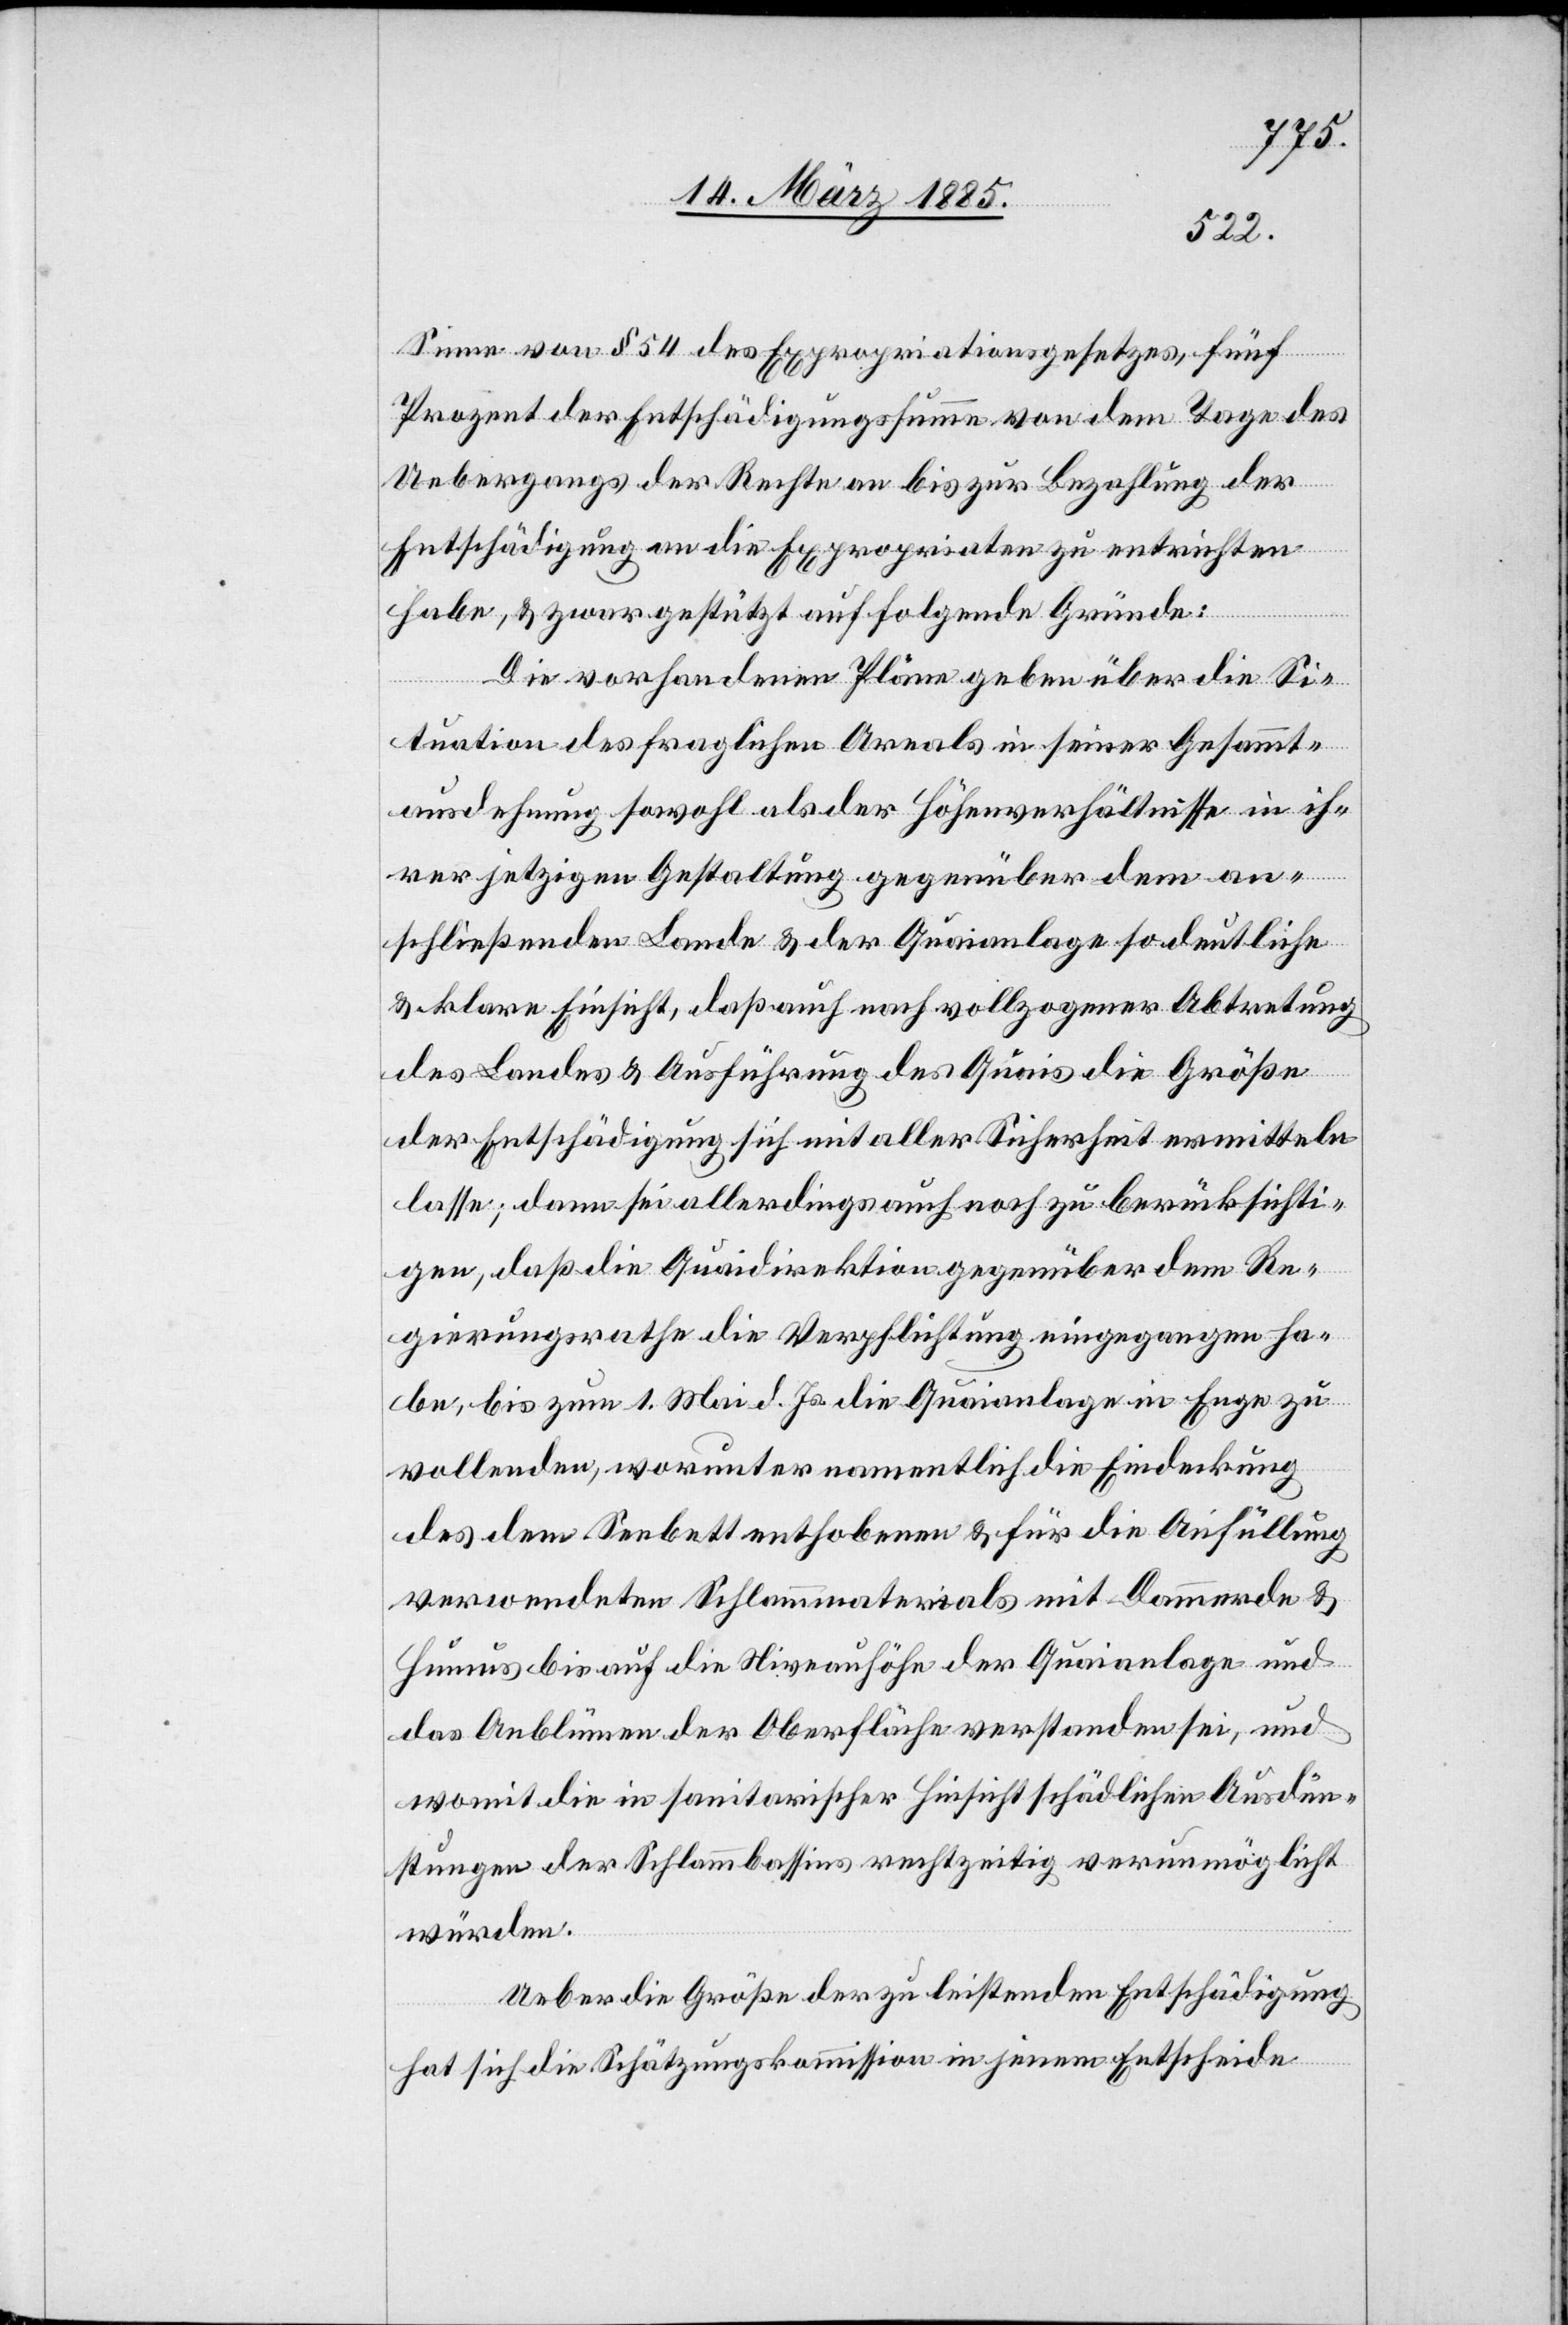
Sinne von § 54 des Expropriationsgesetzes, fünf
Prozent der Entschädigungssumme von dem Tage des
Uebergangs der Rechte an bis zur Bezahlung der
Entschädigung an die Expropriation zu entrichten
habe, & zwar gestützt auf folgende Gründe:
Die vorhandenen Pläne geben über die Si¬
tuation des fraglichen Areals in seiner Gesammt¬
ausdehnung sowohl als der Höhenverhältnisse in ih¬
rer jetzigen Gestaltung gegenüber dem an¬
schließenden Lande & der Quaianlage so deutliche
& klare Einsicht, daß auch nach vollzogener Abtretung
des Landes & Ausführung des Quais die Größe
der Entschädigung sich mit aller Sicherheit ermitteln
lasse; dann sei allerdings auch noch zu berücksichti¬
gen, daß die Quaidirektion gegenüber dem Re¬
gierungsrathe die Verpflichtung eingegangen ha¬
be, bis zum 1. Mai d. Js. die Quaianlage in Enge zu
vollenden, worunter namentlich die Eindeckung
des dem Seebett enthobenen & für die Anfüllung
verwendeten Schlammmaterials mit Dammerde &
hinaus bis auf die Niveauhöhe der Quaianlage und
das Anblümen der Oberfläche verstanden sei, und
womit die in sanitarischer Hinsicht schädlichen Ausdün¬
stungen der Schlammbassins rechtzeitig verunmöglicht
würden.
Ueber die Größe der zu leistenden Entschädigung
hat sich die Schätzungskommission in jenem Entscheide